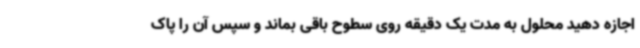
اجازه دهید محلول به مدت یک دقیقه روی سطوح باقی بماند و سپس آن را پاک